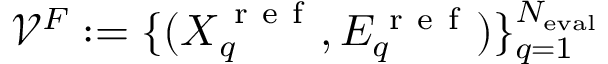
\mathcal { V } ^ { F } : = \{ ( \boldsymbol { X } _ { q } ^ { \mathrm { ~ r ~ e ~ f ~ } } , E _ { q } ^ { \mathrm { ~ r ~ e ~ f ~ } } ) \} _ { q = 1 } ^ { N _ { \mathrm { e v a l } } }